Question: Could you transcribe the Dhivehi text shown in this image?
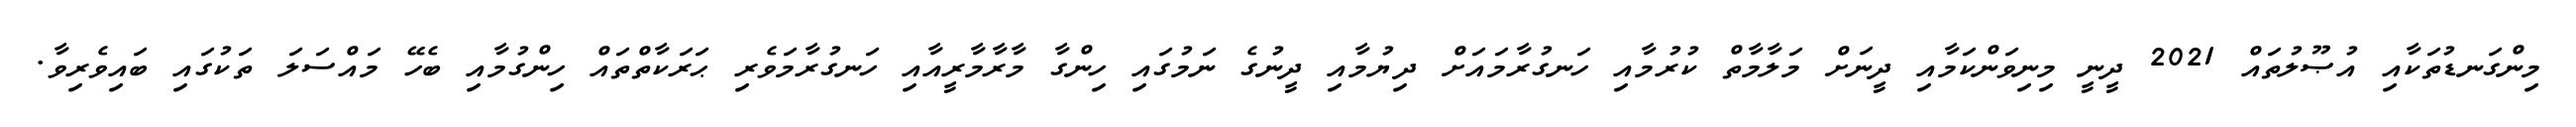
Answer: މިންގަނޑުތަކާއި އުޞޫލުތައް 2021 ދީނީ މިނިވަންކަމާއި ދީނަށް މަލާމާތް ކުރުމާއި ހަނގުރާމައަށް ދިޔުމާއި ދީނުގެ ނަމުގައި ހިންގާ މާރާމާރީއާއި ހަނގުރާމަވެރި ޙަރަކާތްތައް ހިންގުމާއި ބެހޭ މައްސަލަ ތަކުގައި ބައިވެރިވާ.